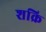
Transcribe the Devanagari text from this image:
शक्रि